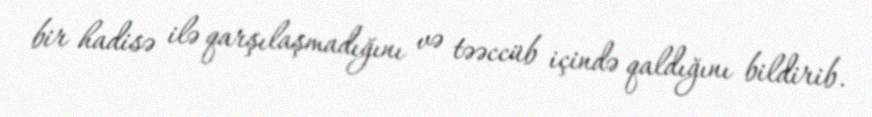
bir hadisə ilə qarşılaşmadığını və təəccüb içində qaldığını bildirib.